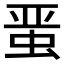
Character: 𰲸